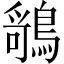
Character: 𬷤